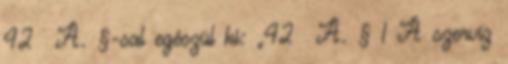
42 A. §-sal egészül ki: „42 A. § 1 A szerviz